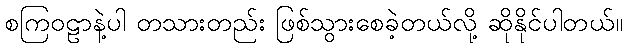
စကြဝဠာနဲ့ပါ တသားတည်း ဖြစ်သွားစေခဲ့တယ်လို့ ဆိုနိုင်ပါတယ်။